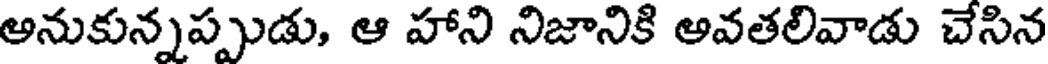
అనుకున్నప్పుడు, ఆ హాని నిజానికి అవతలివాడు చేసిన